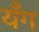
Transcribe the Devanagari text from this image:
यँग